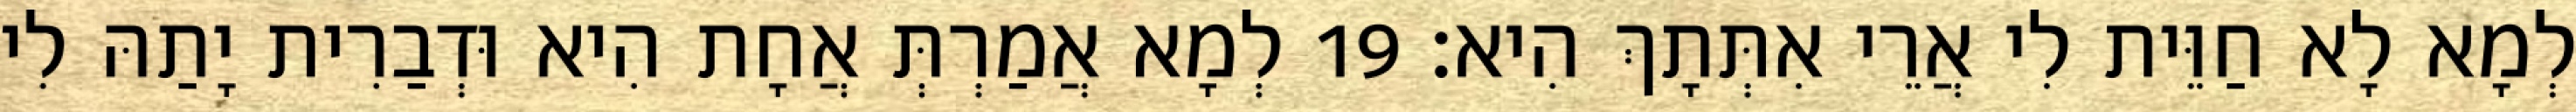
לְמָא לָא חַוֵּית לִי אֲרֵי אִתְּתָךְ הִיא׃ 19 לְמָא אֲמַרְתְּ אֲחָת הִיא וּדְבַרִית יָתַהּ לִי